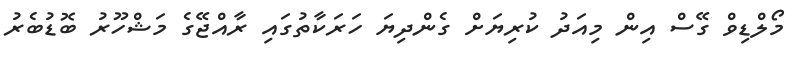
މޯލްޑިވް ގޭސް އިން މިއަދު ކުރިޔަށް ގެންދިޔަ ހަރަކާތުގައި ރާއްޖޭގެ މަޝްހޫރު ބޮޑުބެރު